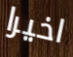
اخيرا